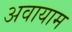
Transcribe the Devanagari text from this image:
अवायाम